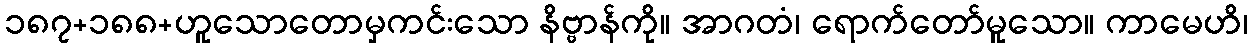
၁၈၇+၁၈၈+ဟူသောတောမှကင်းသော နိဗ္ဗာန်ကို။ အာဂတံ၊ ရောက်တော်မူသော။ ကာမေဟိ၊